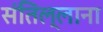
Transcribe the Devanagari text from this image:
संतिल्लाना